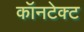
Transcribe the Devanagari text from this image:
कॉनटेक्ट